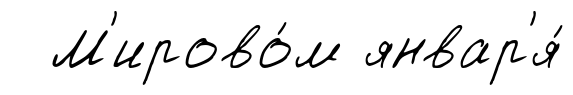
М'ирово́м январ'я́